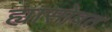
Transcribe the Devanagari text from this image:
ह्यासोबत